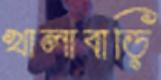
খালাবাড়ি